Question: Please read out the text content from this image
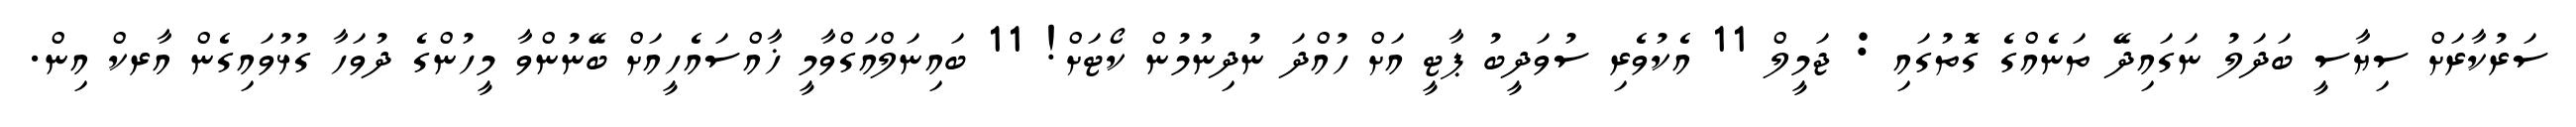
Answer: ސަރުކާރަށް ސިޔާސީ ބަދަލު ނަގައިދޭ ތަނެއްގެ ގޮތުގައި : ޖަމީލް 11 އެކުވެރި ސުވަދީބު ޕާޓީ އަށް ހުއްދަ ނުދިނުމުން ކޯޓަށް! 11 ބައިނަލްއަގްވާމީ ޚާއްސައެހީއަށް ބޭނުންވާ މީހުންގެ ދުވަހާ ގުޅުވައިގެން އާރކް އިން.